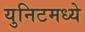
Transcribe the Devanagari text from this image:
युनिटमध्ये